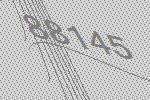
88145